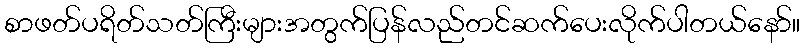
စာဖတ်ပရိတ်သတ်ကြီးများအတွက်ပြန်လည်တင်ဆက်ပေးလိုက်ပါတယ်နော်။